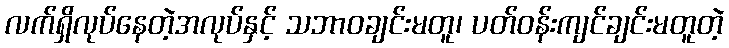
လက်ရှိလုပ်နေတဲ့အလုပ်နှင့် သဘာဝချင်းမတူ၊ ပတ်ဝန်းကျင်ချင်းမတူတဲ့